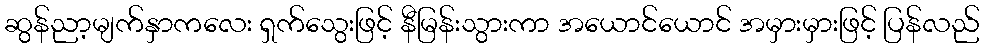
ဆွန်ညာ့မျက်နှာကလေး ရှက်သွေးဖြင့် နီမြန်းသွားကာ အယောင်ယောင် အမှားမှားဖြင့် ပြန်လည်